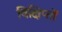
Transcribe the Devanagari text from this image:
विक्षिप्तों